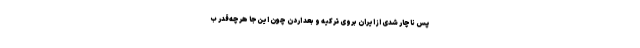
پس ناچار شدی از ایران بروی ترکیه و بعد اردن چون این‌جا هرچه‌قدر ب